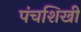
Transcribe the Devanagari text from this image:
पंचशिखी